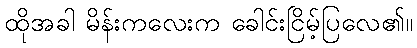
ထိုအခါ မိန်းကလေးက ခေါင်းငြိမ့်ပြလေ၏။